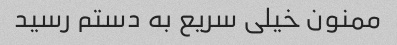
ممنون خیلی سریع به دستم رسید